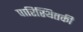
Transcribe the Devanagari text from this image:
पारिस्थितकी